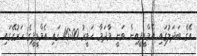
އޭގެ ބަދަލުގައި އެމްޑީޕީއިން ވަނީ މާދަމާ ހަވީރު 16:00 ގައި އެމްޑީޕީގެ ހަރުގޭގައި